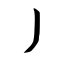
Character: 丿